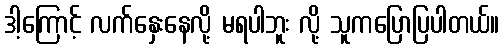
ဒါ့ကြောင့် လက်နှေးနေလို့ မရပါဘူး လို့ သူကပြောပြပါတယ်။